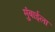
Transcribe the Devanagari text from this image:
मुंबाईला